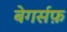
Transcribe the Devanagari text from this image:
बेगर्सफ़